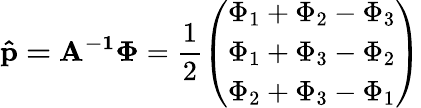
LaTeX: \mathbf{\hat{p}=A^{-1}\Phi}=\frac{1}{2}\left(\begin{array}{l}{\Phi_{1}+\Phi_{2}-\Phi_{3}}\\ {\Phi_{1}+\Phi_{3}-\Phi_{2}}\\ {\Phi_{2}+\Phi_{3}-\Phi_{1}}\end{array}\right)